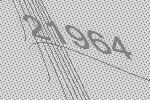
21964